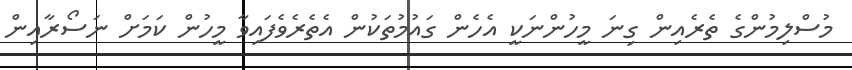
މުސްލިމުންގެ ތެރެއިން ގިނަ މީހުންނަކީ އެހެން ގައުމުތަކުން އެތެރެވެފައިވާ މީހުން ކަމަށް ނަސޯރާއިން